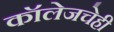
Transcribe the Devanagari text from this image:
कॉलेजचेही